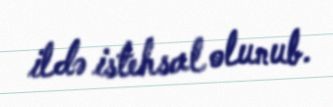
ildə istehsal olunub.